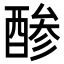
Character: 𮠳